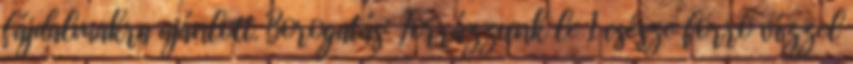
fájdalmakra ajánlott. Borogatás: Forrázzunk le 1 csésze forró vízzel